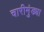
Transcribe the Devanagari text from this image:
चारीमुंड्या